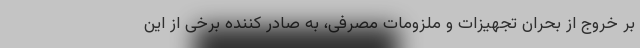
بر خروج از بحران تجهیزات و ملزومات مصرفی، به صادر کننده برخی از این